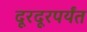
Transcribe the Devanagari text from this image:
दूरदूरपर्यंत